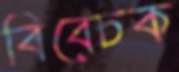
বিবেচক